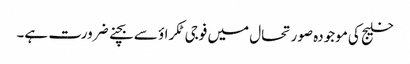
خلیج کی موجودہ صورتحال میں فوجی ٹکراؤ سے بچنے ضرورت ہے۔